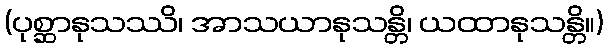
(ပုစ္ဆာနုသဿိ၊ အာသယာနုသန္တိ၊ ယထာနုသန္တိ။)